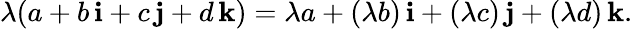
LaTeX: \lambda(a+b\, \mathbf{i}+c\, \mathbf{j}+d\, \mathbf{k})=\lambda a+(\lambda b)\, \mathbf{i}+(\lambda c)\, \mathbf{j}+(\lambda d)\, \mathbf{k}.